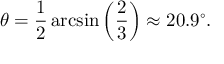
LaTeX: \theta = { \frac { 1 } { 2 } } \arcsin \left( { \frac { 2 } { 3 } } \right) \approx 2 0 . 9 ^ { \circ } .